Indian journal of veterinary science and animal husbandry - Volume 14,
Year: 1944
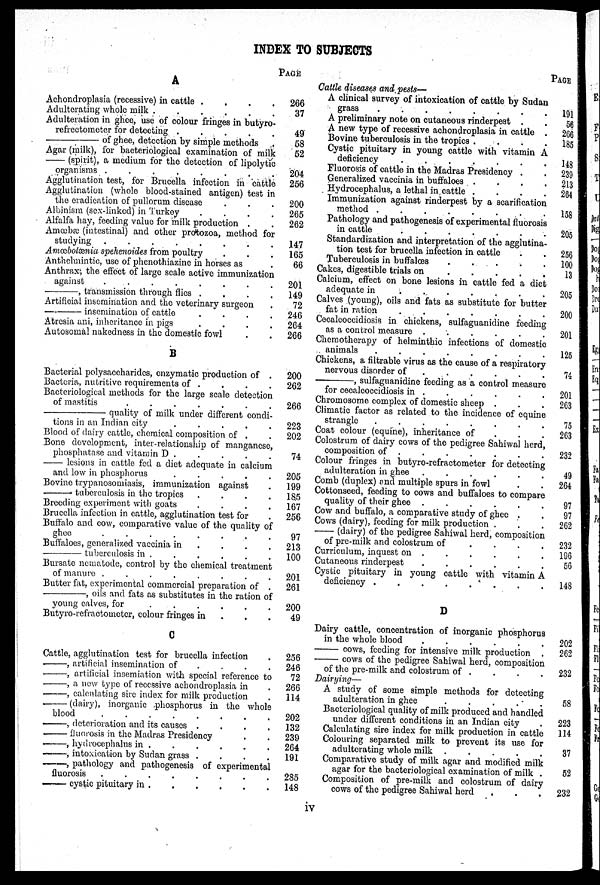
INDEX TO SUBJECTS
A
Achondroplasia (recessive) in cattle .
.
.
.
Adulterating whole milk
Adulteration in ghee, use of colour fringes in butyro-
refrectometer for detecting .
.
.
.
.
——of ghee, detection by simple methode .
Agar (milk), for bacteriological examination of milk
—(spirit),
a medium for the detection of lipolytic
organisms .
.
.
.
.
.
.
.
Agglutination test, for Brucella infection in cattle
Agglutination (whole blood-stained antigen) test in
the eradication of pullorum disease
Albinism (sex-linked) in Turkey
.
.
.
.
Alfalfa hay, feeding value for milk production . .
Amœbæ (intestinal) and other protozoa, method for
studying
.
.
.
.
.
.
.
.
Amœbolænia spehenoides from poultry
Anthelmintic, use of phenothiazine in horses as
Anthrax, the effect of large scale active immunization
against
.
.
.
.
.
.
.
.
——,
transmission through flies .
.
.
.
Artificial insemination and the veterinary surgeon
——
insemination of cattle
.
.
.
.
Atresia ani, inheritance in pigs
.
.
.
.
Autosomal nakedness in the domestic fowl . .
B
Bacterial polysaccharides, enzymatic production of .
Bacteria, nutritive requirements of . . . .
Bacteriological methods for the large scale detection
of mastitis
.
.
.
.
.
.
.
——
quality of milk under different condi-
tions in an Indian city
.
.
.
.
.
Blood of dairy cattle, chemical composition of .
Bone development, inter-relationship of manganese,
phosphatase and vitamin D . . . . . .
—— lesions in cattle fed a diet adequate in calcium
and low in phosphorus
.
.
.
.
.
Bovine trypanosomiasis, immunization against
—— tuberculosis in the tropics
.
.
.
.
Breeding experiment with goats
.
.
.
.
Brucella infection in cattle, agglutination test for
PAGE
266
37
49
58
52
204
256
200
265
262
147
165
66
201
149
72
246
264
266
200
262
266
223
202
74
205
199
185
167
256
Buffalo and cow, comparative value of the quality of
Buffaloes, generalized vaccinia in
.
.
.
.
——
tuberculosis in .
213
100
Bursate nematode, control by the chemical treatment
Butter fat, experimental commercial preparation of
261
——,
oils and fats as substitutes in the ration of
Butyro-refractometer, colour fringes in
C
Cattle, agglutination test for brucella infection
——, artificial insemination of
—, artificial insemiation with special reference to
——, a new type of recessive achondroplasia in
——, calculating sire index for milk production
—— (dairy), inorganic phosphorus in the whole
blood . . . . .
——, deterioration and its causes .
—— fluorosis in the Madras Presidency
——, hydrocephalus in .
——, intoxication by Sudan grass .
49
256
246
72
266
114
202
132
239
264
191
——, pathology and pathogenesis of experimental
fluorosis
—— cystic pituitary in . . . . . .
285
148
Cattle diseases and pests—
A clinical survey of intoxication of cattle by Sudan
grass
.
.
.
.
.
.
.
.
A preliminary note on cutaneous rinderpest . .
A new type of recessive achondroplasia in cattle .
Bovine tuberculosis in the tropics .
.
.
.
Cystic pituitary in young cattle with vitamin A
deficiency
.
.
.
.
.
.
.
Fluorosis of cattle in the Madras Presidency .
Generalized vaccinia in buffaloes .
.
.
.
Hydrocephalus, a lethal in cattle .
.
.
.
Immunization against rinderpest by a scarification
method .
.
.
.
.
.
.
.
Pathology and pathogenesis of experimental fluorosis
in cattle
.
.
.
.
.
.
.
Standardization and interpretation of the agglutina-
tion test for brucella infection in cattle . . .
Tuberculosis in buffalœs
.
.
.
.
.
Cakes, digestible trials on
.
.
.
.
.
Calcium, effect on bone lesions in cattle fed a diet
adequate in
.
.
.
.
.
.
.
Calves (young), oils and fats as substitute for butter
fat in ration
.
.
.
.
.
.
.
Cecalcoccidiosis in chickens, sulfaguanidine feeding
as a control measure .
.
.
.
.
.
Chemotherapy of helminthic infections of domestic
animals
.
.
.
.
.
.
.
.
Chickens, a filtrable virus as the cause of a respiratory
nervous disorder of
.
.
.
.
.
——,
sulfaguanidine feeding as a control measure
for cecalcoccidiosis in . . . . . .
Chromosome complex of domestic sheep . . . .
Climatic factor as related to the incidence of equine
strangle
.
.
.
.
.
.
.
.
Coat colour (equine), inheritance of
Colostrum of dairy cows of the pedigree Sahiwal herd,
composition of ......
.
Colour fringes in butyro-refractometer for detecting
adulteration in ghee .
.
.
.
.
.
Comb (duplex) and multiple spurs in fowl
Cottonseed, feeding to cows and buffaloes to compare
quality of their ghee .
.
.
.
.
.
Cow and buffalo, a comparative study of ghee . . .
Cows (dairy), feeding for milk production .
— (dairy) of the pedigree Sahiwal herd, composition
of pre-milk and colostrum of
.
.
.
.
Curriculum, inquest on . . . . .
Cutaneous rinderpest
.
.
.
.
.
.
Cystic pituitary in young cattle with vitamin A
deficiency .
.
.
.
.
.
.
.
D
Dairy cattle, concentration of inorganic phosphorus
in the whole blood . . . . . .
—— cows, feeding for intensive milk production .
—— cows of the pedigree Sahiwal herd, composition
of the pre-milk and colostrum of ....
Dairying—
A study of some simple methods for detecting
adulteration in ghee . . . . .
Bacteriological quality of milk produced and handled
under different conditions in an Indian city .
Calculating sire index for milk production in cattle
Colouring separated milk to prevent its use for
adulterating whole milk .
.
.
.
.
Comparative study of milk agar and modified milk
agar for the bacteriological examination of milk .
Composition of pre-milk and colostrum of dairy
cows of the pedigree Sahiwal herd . . . .
PAGE
191
56
266
185
148
239
213
264
158
205
256
100
13
205
200
201
125
74
201
263
75
263
232
49
264
97
97
262
232
196
56
148
202
262
232
58
223
114
37
52
232
iv